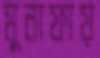
মুনাফায়